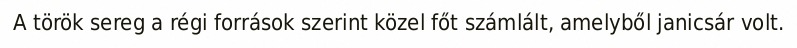
A török sereg a régi források szerint közel főt számlált, amelyből janicsár volt.